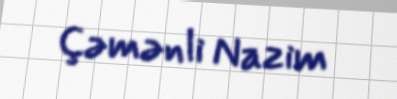
Çəmənli Nazim